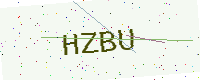
Text: HZBU